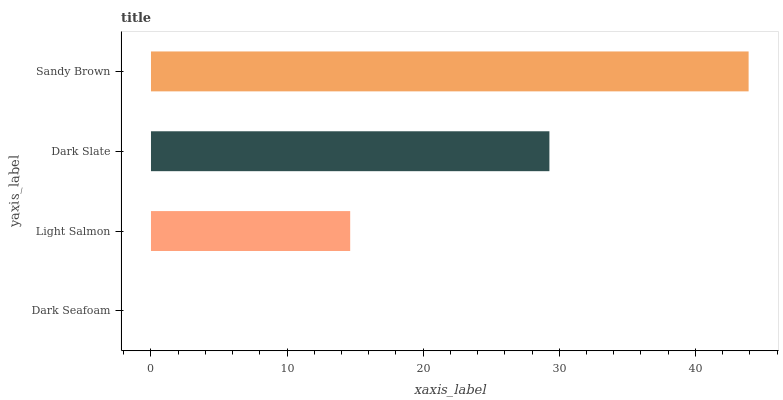
| yaxis_label | bars |
 | --- | --- |
 | Dark Seafoam | 0 |
 | Light Salmon | 14.6 |
 | Dark Slate | 29.3 |
 | Sandy Brown | 43.9 |